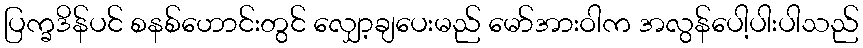
ပြက္ခဒိန်ပင် စနစ်ဟောင်းတွင် လျှော့ချပေးမည် မော်အားဝါက အလွန်ပေါ့ပါးပါသည်